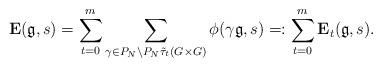
LaTeX: \begin{align*}\mathbf{E}(\mathfrak{g},s)=\sum_{t=0}^m\sum_{\gamma\in P_N\backslash P_N\tilde{\tau}_t(G\times G)}\phi(\gamma\mathfrak{g},s)=:\sum_{t=0}^m\mathbf{E}_t(\mathfrak{g},s).\end{align*}